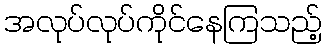
အလုပ်လုပ်ကိုင်နေကြသည့်